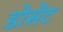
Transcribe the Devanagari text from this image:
डोसेंट